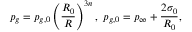
p _ { g } = p _ { g , 0 } \left( \frac { R _ { 0 } } { R } \right) ^ { 3 n } , \ p _ { g , 0 } = p _ { \infty } + \frac { 2 \sigma _ { 0 } } { R _ { 0 } } ,